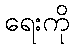
ရေးကို